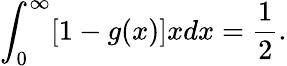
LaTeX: \int_{0}^{\infty}[1-g(x)]xdx=\frac{1}{2}.